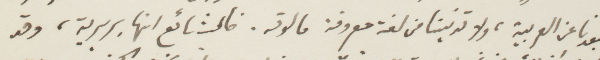
تبعدنا عن العربية، ولا تدنينا من لغة معروفة مالوته. فالشائع انها بربرية، وقد